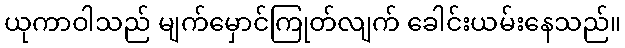
ယုကာဝါသည် မျက်မှောင်ကြုတ်လျက် ခေါင်းယမ်းနေသည်။